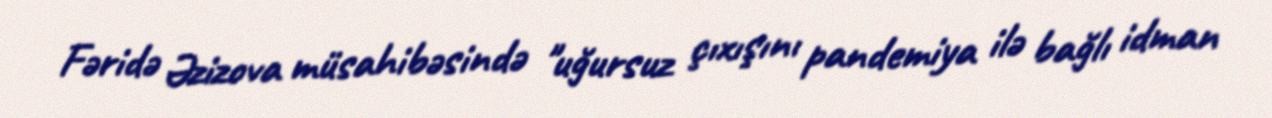
Fəridə Əzizova müsahibəsində "uğursuz çıxışını pandemiya ilə bağlı idman